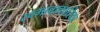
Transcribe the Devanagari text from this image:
स्वभावाकारिका